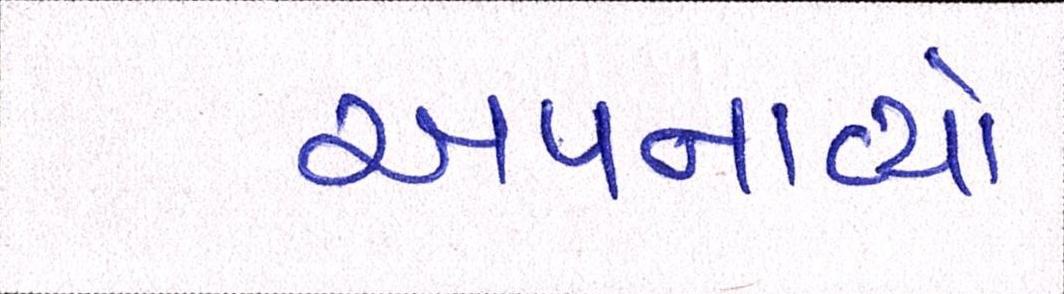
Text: અપનાવ્યો